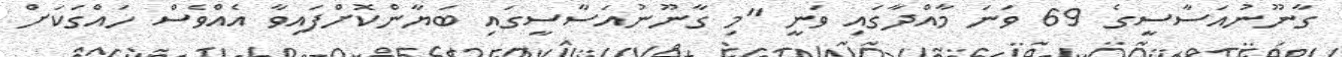
ގާނޫނުއަސާސީގެ 69 ވަނަ މާއްދާގައި ވަނީ "މި ގާނޫނުއަސާސީގައި ބަޔާންކޮށްފައިވާ އެއްވެސް ހައްގަކަށް